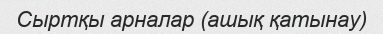
Сыртқы арналар (ашық қатынау)